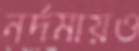
নর্দমায়ও